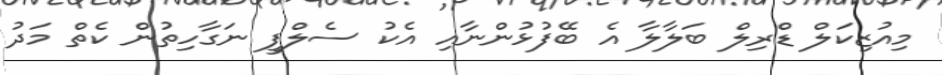
މިއުޒިކަލް ޑްރިލް ބަލާލާ އެ ބޭފުޅުންނާއި އެކު ސެލްފީ ނަގާހިތުން ކެތް މަދު